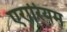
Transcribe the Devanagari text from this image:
एरारियम